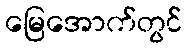
မြေအောက်တွင်